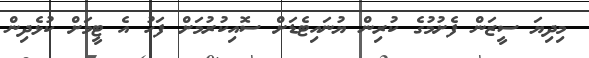
މިދިޔަ ސީޒަން ފެށުމުގެ ކުރިން ޔުނައިޓެޑަށް ސޮއިކުރުމަށް ފަހު އެ ޓީމަށް ކުޅެދިން